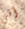
أفي